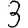
Digit: 3